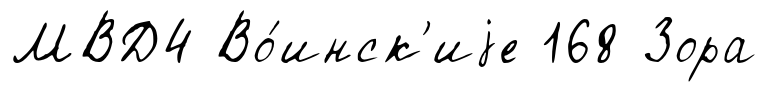
МВД4 Во́инск'иjе 168 Зора